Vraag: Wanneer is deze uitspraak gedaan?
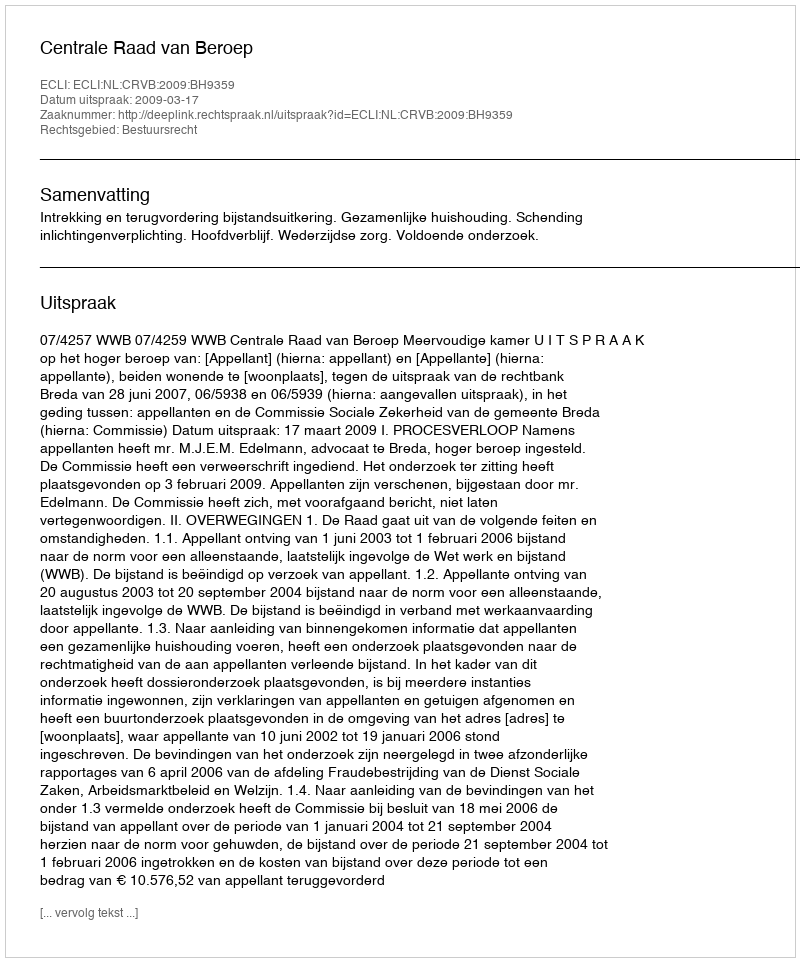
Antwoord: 2009-03-17